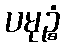
ပမုဉ္စံ